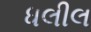
ધલીલ